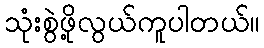
သုံးစွဲဖို့လွယ်ကူပါတယ်။